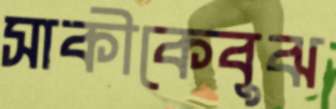
সাকীকেবুঝ